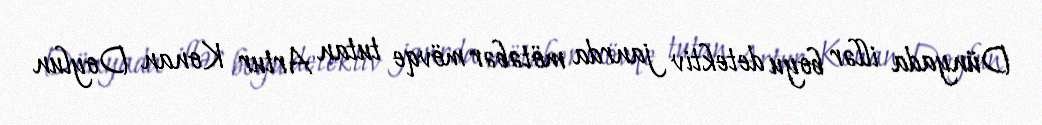
Dünyada illər boyu detektiv janrda mötəbər mövqe tutan Artur Konan Doylun